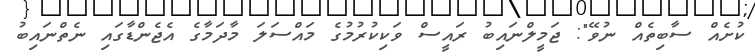
ކުށެއް ސާބިތެއް ނުވޭ": ޖަމީލްނައިބު ރައީސް ވަކިކުރުމުގެ މައްސަލަ މާދަމާގެ އެޖެންޑާގައި ނެތްނައިބު